Vaccination Hyderabad 1890-1903 - 1890-1903
Year: 1890
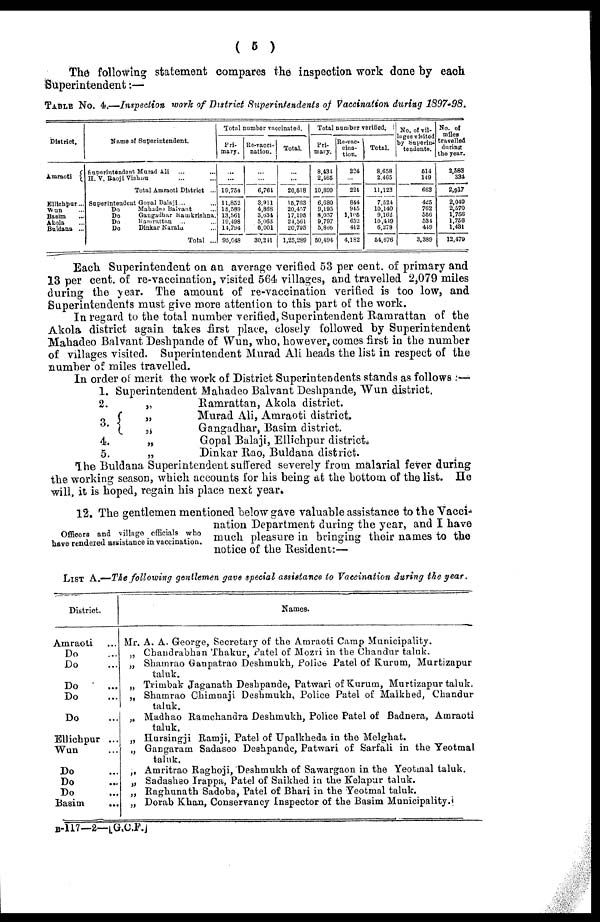
( 5 )
The following statement compares the inspection work done by each
Superintendent:—
TABLE No. 4.—Inspection work of District Superintendents of Vaccination during 1897-98.
District.
Amraoti
Ellichpur ...
Wun ...
Basim ...
Akola ...
Buldana ...
Name of Superintendent.
Superintendent Murad Ali
... ...
H.V. Raoji Vishnu ... ...
Total Amraoti District ...
Superintendent Gopal Balaji... ...
Do
Mahadeo Balvant ...
Do
Gangadhar Ramkrishna.
D0
Ramrattan ... ...
Do
Dinkar Narain ...
Total ...
Total number vaccinated.
Pri¬
mary.
...
...
19,754
11,852
15,589
13,561
19,498
14,794
95,048
Re-vacci-
nation.
...
...
6,761
3,911
4,868
3,634
5,063
6,001
30,241
Total.
...
...
26,518
15,763
20,457
17,195
24,561
20,795
1,25,289
Total number verified.
Pri¬
mary.
8,434
2,465
10,899
6,680
9,195
8,057
9,797
5,866
50,494
Re-vac¬
cina¬
tion.
224
...
224
844
945
1,105
652
412
4,182
Total.
8,658
2,465
11,123
7,524
10,140
9,162
10,449
6,278
54,676
No. of vil¬
lages visited
by Superin¬
tendents.
514
149
663
425
762
556
534
449
3,389
No. of
miles
travelled
during
the year.
2,583
334
2,917
2,049
2,570
1,756
1,756
1,431
12,479
Each Superintendent on an average verified 53 per cent. of primary and
13 per cent. of re-vaccination, visited 564 villages, and travelled 2,079 miles
during the year. The amount of re-vaccination verified is too low, and
Superintendents must give more attention to this part of the work.
In regard to the total number verified, Superintendent Ramrattan of the
Akola district again takes first place, closely followed by Superintendent
Mahadeo Balvant Deshpande of Wun, who, however, comes first in the number
of villages visited. Superintendent Murad Ali heads the list in respect of the
number of miles travelled.
In order of merit the work of District Superintendents stands as follows :—
1.
2.
3.
4.
5.
Superintendent Mahadeo Balvant Deshpande, Wun district.
„
Ramrattan, Akola district.
„
Murad Ali, Amraoti district.
„
Gangadhar, Basim district.
„
Gopal Balaji, Ellichpur district.
„
Dinkar Rao, Buldana district.
The Buldana Superintendent suffered severely from malarial fever during
the working season, which accounts for his being at the bottom of the list. He
will, it is hoped, regain his place next year.
Officers and village officials who
have rendered assistance in vaccination.
12. The gentlemen mentioned below gave valuable assistance to the Vacci-
nation Department during the year, and I have
much pleasure in bringing their names to the
notice of the Resident:—
LIST A.—The following gentlemen gave special assistance to Vaccination during the year.
District.
Amraoti
Do
Do
Do
Do
Do
Ellichpur ...
Wun
Do
Do
Do
Basim
...
Names.
Mr. A. A. George, Secretary of the Amraoti Camp Municipality.
„ Chaudrabhan Thakur, Patel of Mozri in the Chandur taluk.
„ Shamrao Ganpatrao Deshmukh, Police Patel of Kurum, Murtizapur
taluk.
„ Trimbak Jaganath Deshpande, Patwari of Kurum, Murtizapur taluk.
„ Shamrao Chimnaji Deshmukh, Police Patel of Malkhed, Chandur
taluk.
„ Madhao Ramchandra Deshmukh, Police Patel of Badnera, Amraoti
taluk.
„ Hursingji Ramji, Patel of Upalkheda in the Melghat.
„ Gangaram Sadaseo Deshpande, Patwari of Sarfali in the Yeotmal
taluk.
„ Amritrao Raghoji, Deshmukh of Sawargaon in the Yeotmal taluk.
„ Sadasheo Irappa, Patel of Saikhed in the Kelapur taluk.
„ Raghunath Sadoba, Patel of Bhari in the Yeotmal taluk.
„ Dorab Khan, Conservancy Inspector of the Basim Municipality.
B-117—2—[G.C.F.]